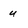
Character: u